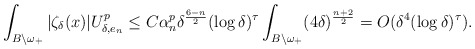
\begin{align*}\int_{{B}\backslash \omega_+} |\zeta_\delta(x)|U_{\delta,e_n}^p&\leq C\alpha_n^p\delta^\frac{6-n}{2} (\log \delta)^\tau\int_{{B}\backslash \omega_+}(4\delta)^{\frac{n+2}{2}}=O(\delta^4(\log \delta)^\tau).\end{align*}